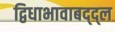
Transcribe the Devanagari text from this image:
द्विधाभावाबद्द्ल